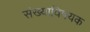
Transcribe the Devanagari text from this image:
संख्याविषयक